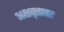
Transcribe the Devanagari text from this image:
अक्षवृत्तावर